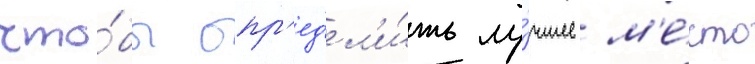
что́бы опр'ед'ел'и́ть лу́чшее м'е́сто